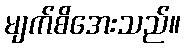
မျက်စိအေးသည်။